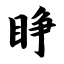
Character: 睁